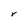
Character: r